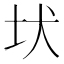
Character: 𡉩